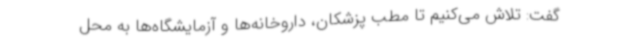
گفت: تلاش می‌کنیم تا مطب پزشکان، داروخانه‌ها و آزمایشگاه‌ها به محل